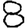
Digit: 8